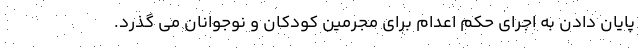
پایان دادن به اجرای حکم اعدام برای مجرمین کودکان و نوجوانان می گذرد.